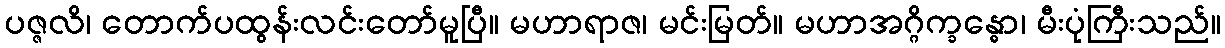
ပဇ္ဇလိ၊ တောက်ပထွန်းလင်းတော်မူပြီ။ မဟာရာဇ၊ မင်းမြတ်။ မဟာအဂ္ဂိက္ခန္ဓော၊ မီးပုံကြီးသည်။